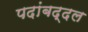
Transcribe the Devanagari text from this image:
पदांबद्दल